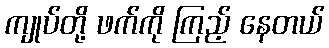
ကျုပ်တို့ ဖက်ကို ကြည့် နေတယ်